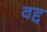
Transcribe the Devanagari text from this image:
वद्द